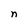
Character: n